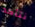
نتأكد